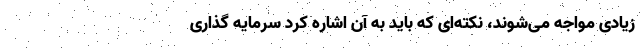
زیادی مواجه می‌شوند، نکته‌ای که باید به آن اشاره کرد سرمایه گذاری